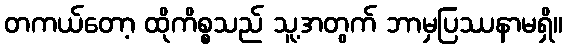
တကယ်တော့ ထိုကိစ္စသည် သူ့အတွက် ဘာမှပြဿနာမရှိ။